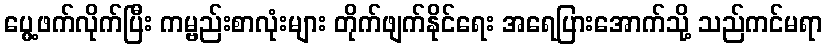
ပွေ့ဖက်လိုက်ပြီး ကမ္ဗည်းစာလုံးများ တိုက်ဖျက်နိုင်ရေး အရေပြားအောက်သို့ သည်ကင်မရာ